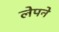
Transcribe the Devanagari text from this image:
लेपने